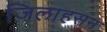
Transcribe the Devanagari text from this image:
जिलाहसन